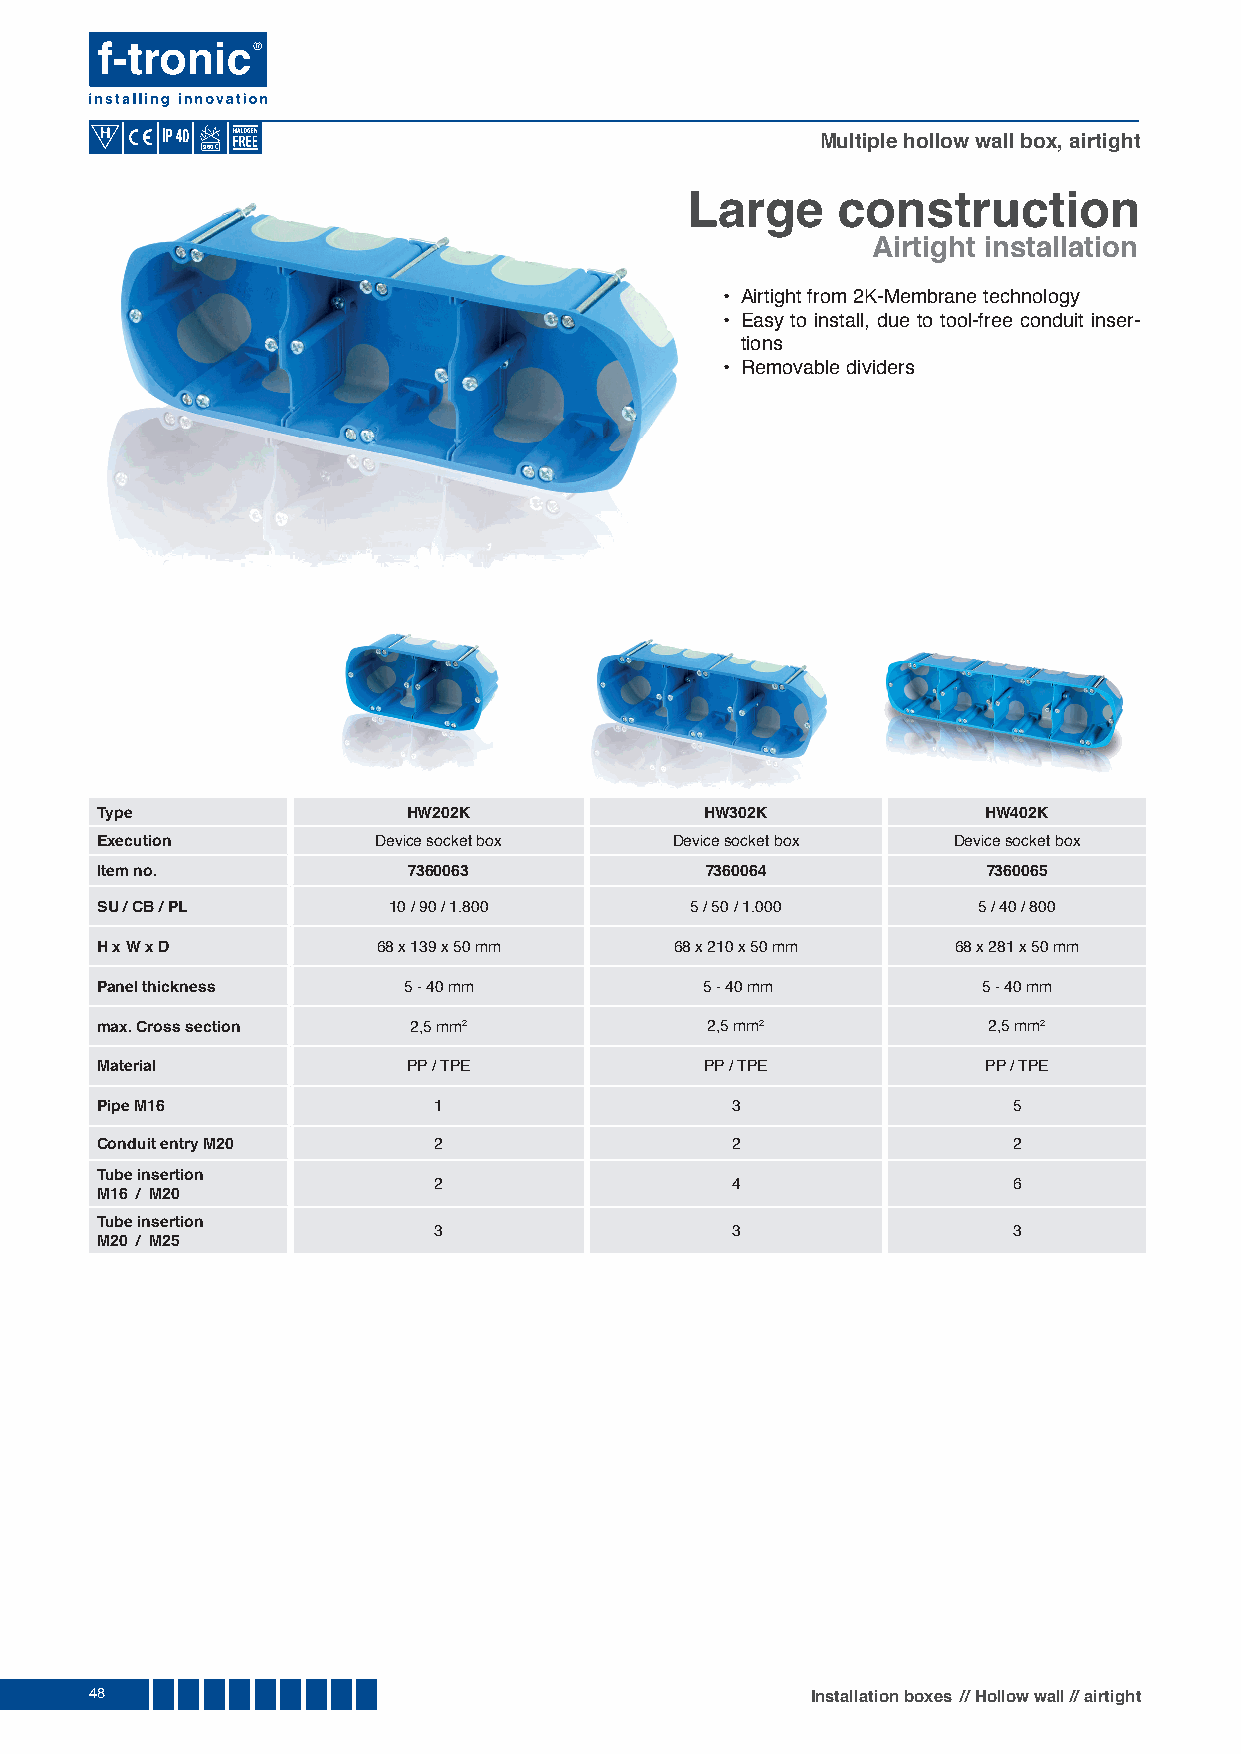
Multiple hollow wall box, airtight
 960
 Large     construction
 Airtight installation
 • Airtight from 2K-Membrane technology
 • Easy to install, due to tool-free conduit inser-
 tions
 • Removable dividers
 Type                 HW202K              HW302K            HW402K
 Execution          Device socket box  Device socket box  Device socket box
 Item no.             7360063             7360064           7360065
 SU / CB / PL        10 / 90 / 1.800     5 / 50 / 1.000     5 / 40 / 800
 H x W x D          68 x 139 x 50 mm    68 x 210 x 50 mm  68 x 281 x 50 mm
 Panel thickness      5 - 40 mm           5 - 40 mm         5 - 40 mm
 max. Cross section   2,5 mm2             2,5 mm2           2,5 mm2
 Material             PP / TPE            PP / TPE          PP / TPE
 Pipe M16               1                  3                  5
 Conduit entry M20      2                  2                  2
 Tube insertion
 2                  4                  6
 M16 / M20
 Tube insertion
 3                  3                  3
 M20 / M25
 48                                              Installation boxes // Hollow wall // airtight